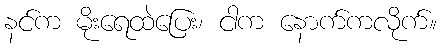
နင်က မိုးရေထဲပြေး၊ ငါက နောက်ကလိုက်။